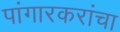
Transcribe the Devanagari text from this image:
पांगारकरांचा